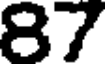
87